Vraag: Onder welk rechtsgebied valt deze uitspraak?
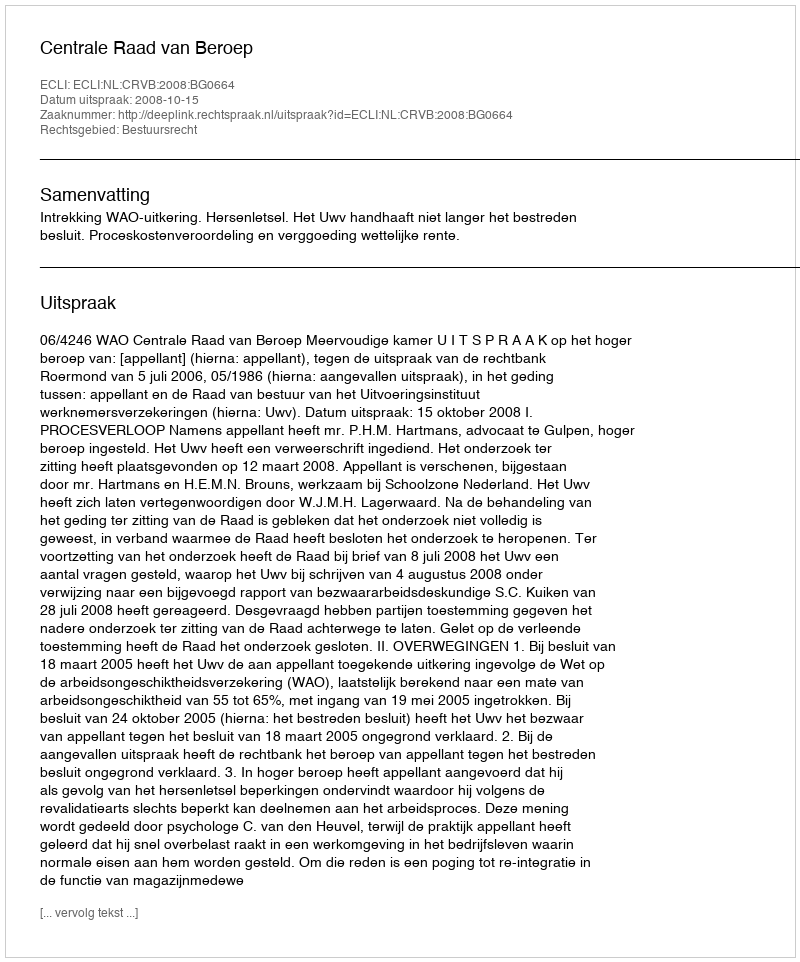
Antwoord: Bestuursrecht